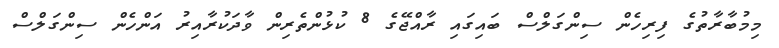
މިމުބާރާތުގެ ފިރިހެން ސިންގަލްސް ބައިގައި ރާއްޖޭގެ 8 ކުޅުންތެރިން ވާދަކުރާއިރު އަންހެން ސިންގަލްސް